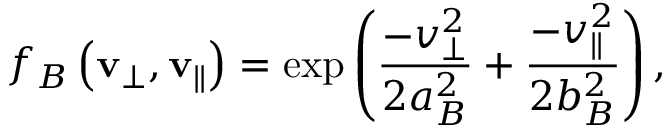
f _ { B } \left( \mathbf { v } _ { \perp } , \mathbf { v } _ { \| } \right) = \exp \left( \frac { - v _ { \perp } ^ { 2 } } { 2 a _ { B } ^ { 2 } } + \frac { - v _ { \| } ^ { 2 } } { 2 b _ { B } ^ { 2 } } \right) ,